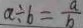
a \div 6 = \frac { a } { b }